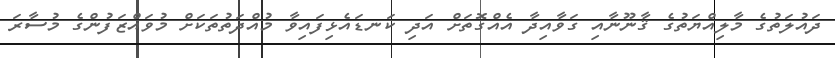
ދައުލަތުގެ މާލިއްޔަތުގެ ޤާނޫނާއި ގަވާއިދާ އެއްގޮތަށް އަދި ކަނޑައެޅިފައިވާ މުއްދަތުތަކަށް މުވައްޒަފުންގެ މުސާރަ